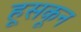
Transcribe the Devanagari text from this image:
हूसकून